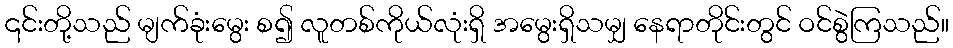
၎င်းတို့သည် မျက်ခုံးမွေး စ၍ လူတစ်ကိုယ်လုံးရှိ အမွေးရှိသမျှ နေရာတိုင်းတွင် ဝင်စွဲကြသည်။